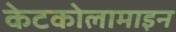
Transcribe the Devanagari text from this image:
केटकोलामाइन